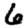
Digit: 6